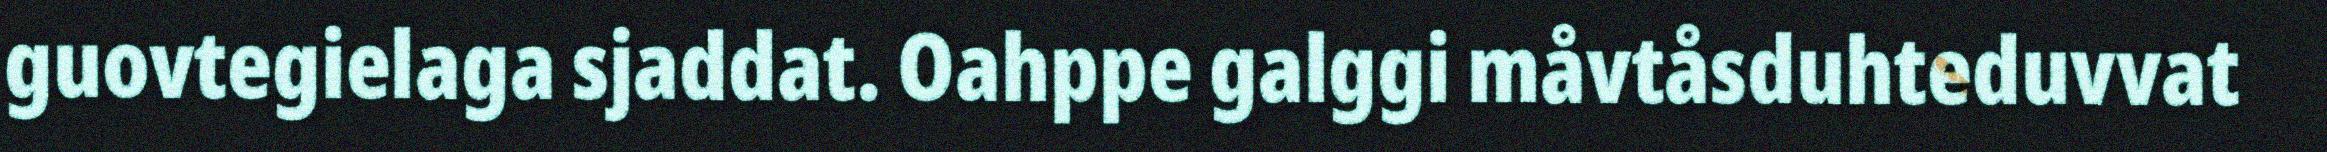
guovtegielaga sjaddat. Oahppe galggi måvtåsduhteduvvat